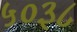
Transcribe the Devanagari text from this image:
५०३८